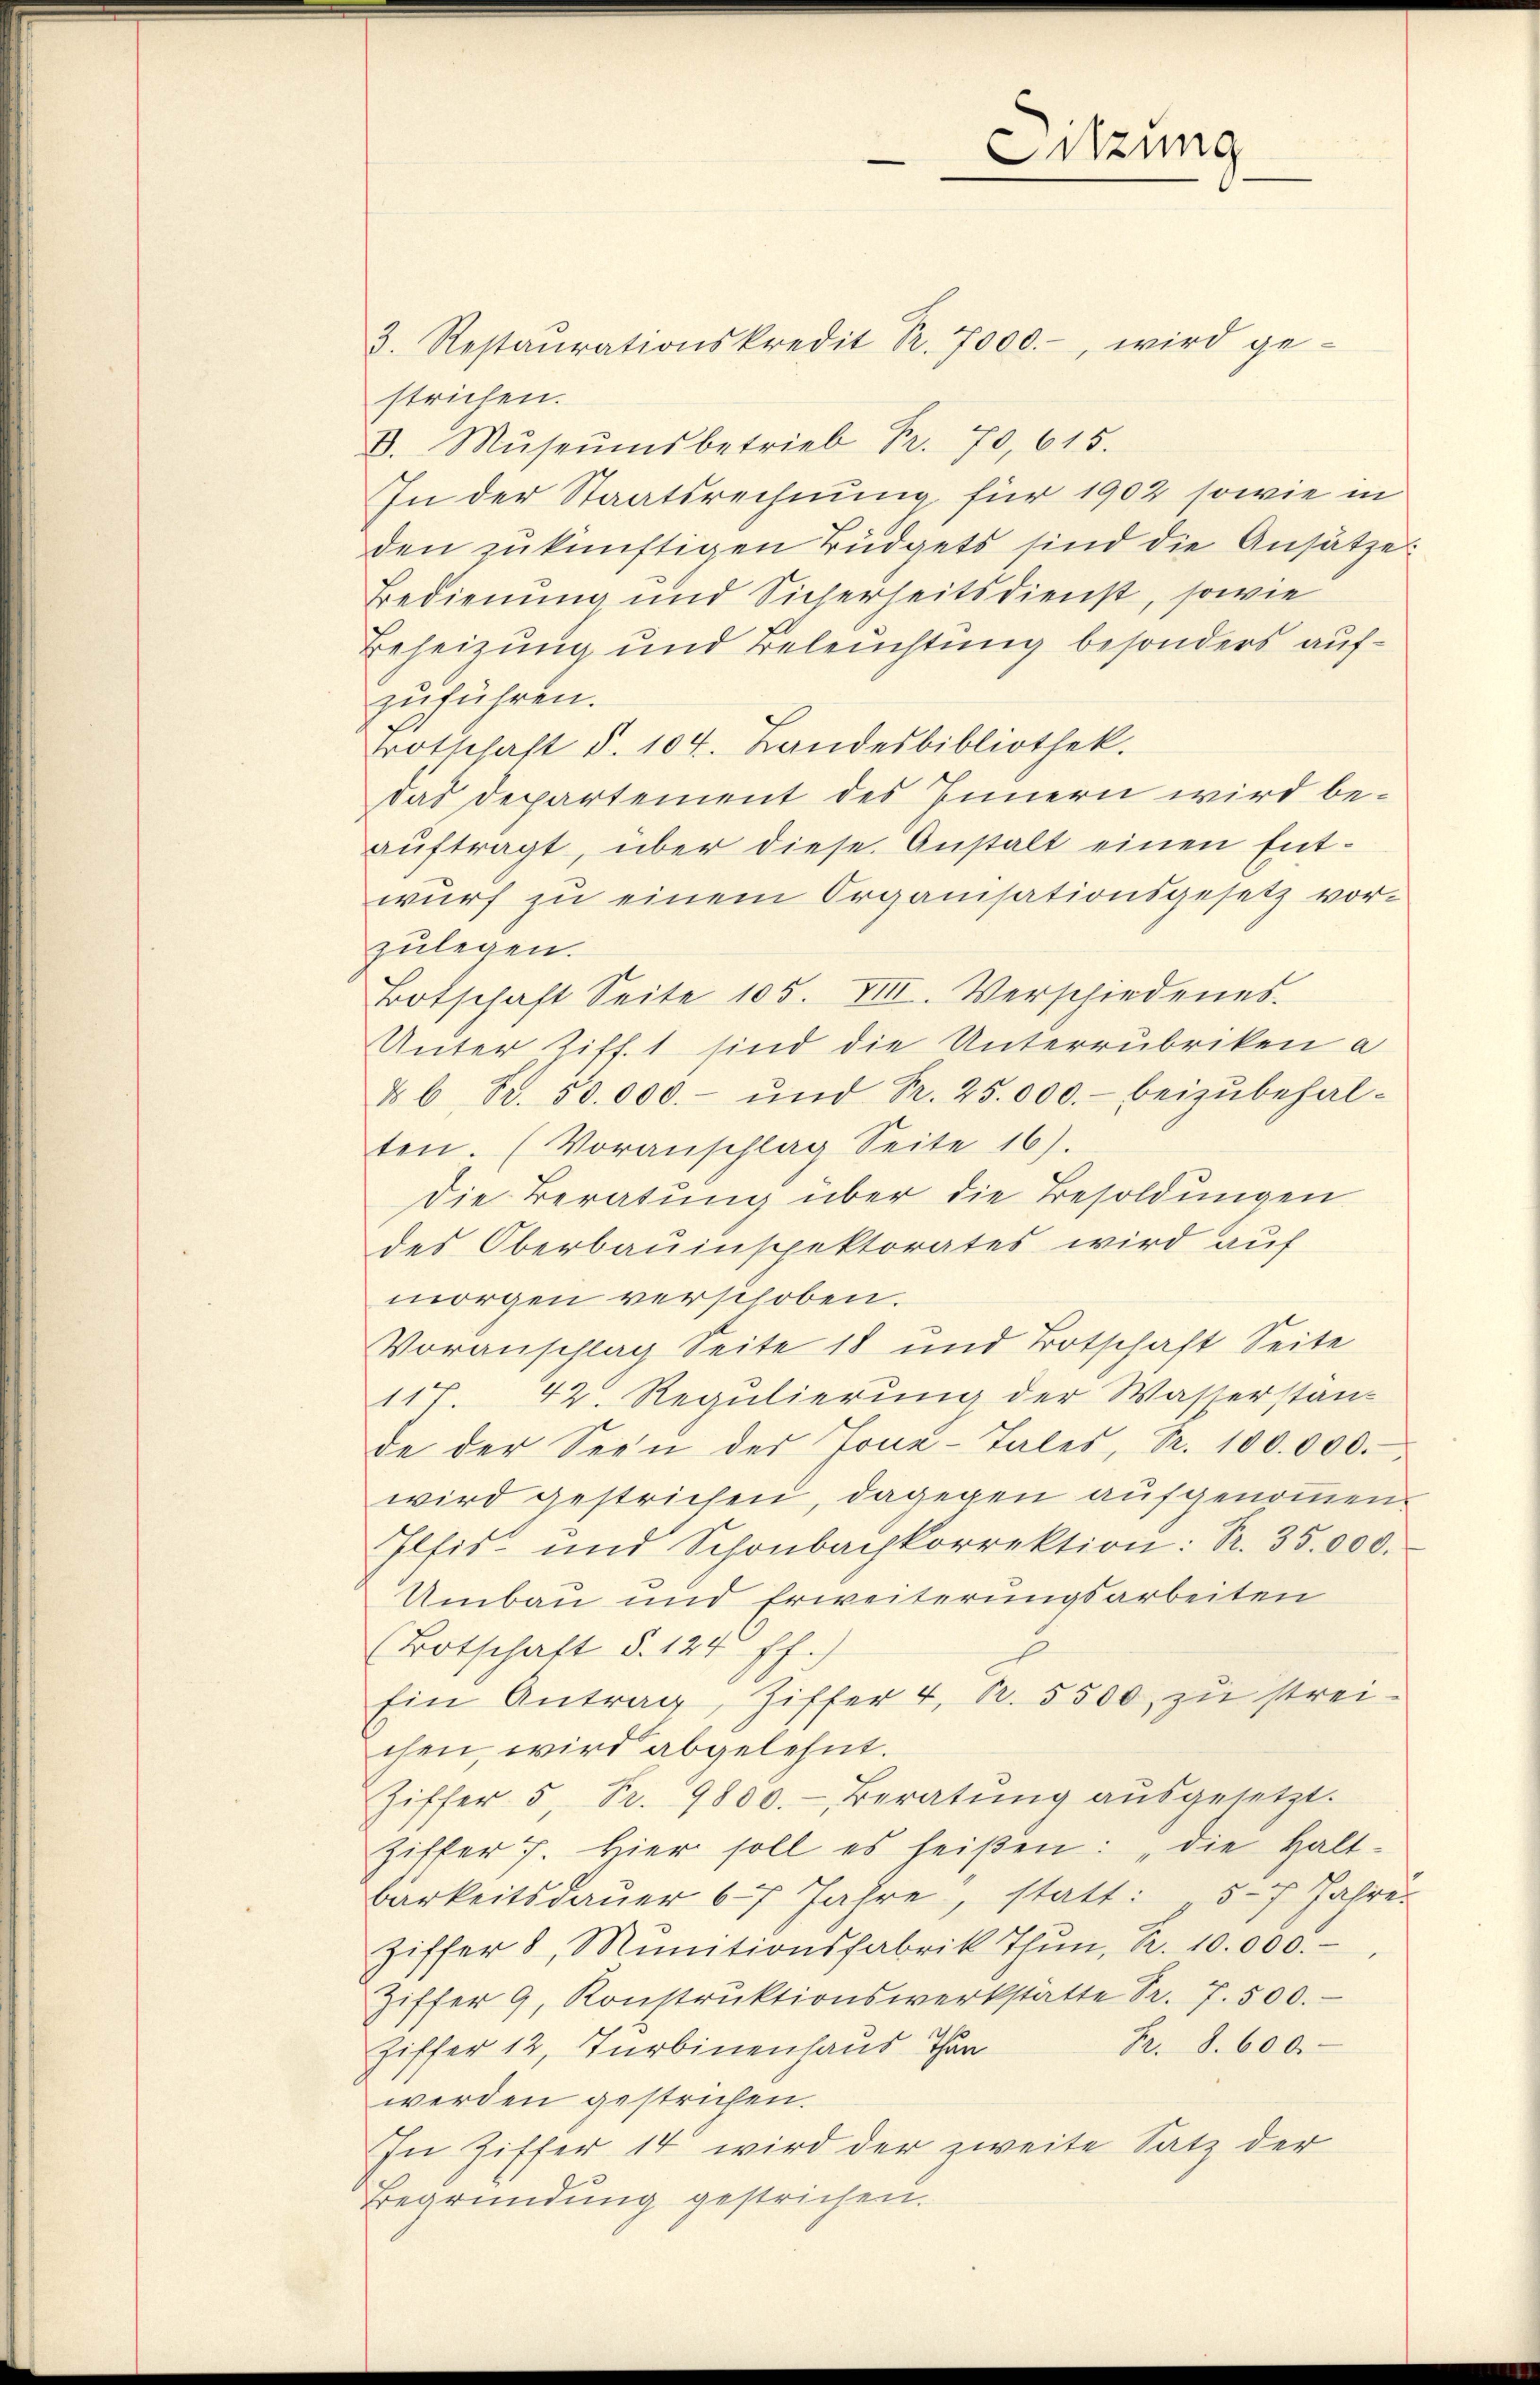
Sitzung

3. Restaŭrationskredit Sr. 7000.- wird ge-
strichen.
D. Mŭseŭms betrieb Fr. 70, 615.
In der Staatsrechnung für 1902 sowie in
den zŭ künftigen Büdgets sind die Ansätze
Bedienung und Sicherheitsdienst, sowie
Beheizung und Beleuchtung besonders aufzuführen.
Totschaft d. 104. Landesbibliothek.
das Departement des Innern wird beaŭftragt, über diese Anstalt einen Ent-
wŭrf zu einem Organisationsgesetz vorzulegen.
Botschaft Seite 105. VIII. Verschiedenes.
Unter Ziff. 1 sind die Unterrubriken a
§ b S. 50.000.- ŭnd Fr. 25.000.- beizŭbehal-
ten. (Voranschlag Seite 16).
die Beratung über die Besoldungen
des Oberbauinspektorates wird auf
morgen verschoben.
Voranschlag Seite 18 und Totschaft Seite
11 42. Regulierung der Wasserstanz
de der Seen der Jone-Tales, Nr. 100.000.
wird gestrichen, dagegen aufgenommen.
Elfis- und Schönbachkorrektion: Kr. 35.000.
Umbau und Erweiterungsarbeiten
(Botschaft §. 124 ff.)
Ein Antrag, Ziffer 4. p. 5500 zu streichen, wird abgelehnt.
Ziffer 5. Fr. 9800.- Beratŭng aŭsgesetzt.
Ziffer 7. hier soll es heißen: „die Halt-
barkeitsdauer 67 Jahre, statt: 5-7 Jahres
Ziffer 8, Munitionsfabrik Thŭn, R. 10.000.
Ziffer 9. Konstrŭktionswerkstätte Fr. 7. 500.
Fr. 8. 600
Ziffer 12, Turbinenhaus Than
werden gestrichen.
In Ziffer 14 wird der zweite Satz der
Begründung gestrichen.